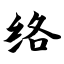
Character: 络